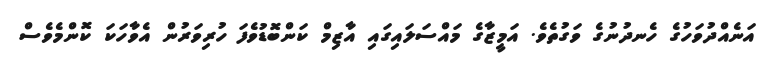
އަނެއްދުވަހުގެ ހެނދުނުގެ ވަގުތެވެ. އަމީޒާގެ މައްސަލައިގައި އާޒިމް ކަންބޮޑުވެފަ ހުރިވަރުން އެވާހަކަ ކޮންމެވެސް